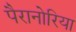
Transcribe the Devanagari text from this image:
पैरानोरिया